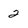
Character: 2